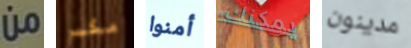
من مكبر أمنوا يمكنك مدينون